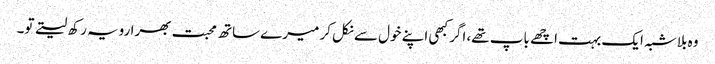
وہ بلاشبہ ایک بہت اچھے باپ تھے، اگر کبھی اپنے خول سے نکل کر میرے ساتھ محبت بھرا رویہ رکھ لیتے تو۔